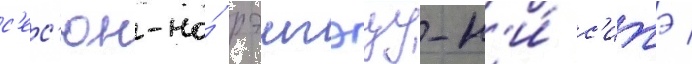
с'ес'юн-но́ рэигэцу-н'и́ с'итэ /